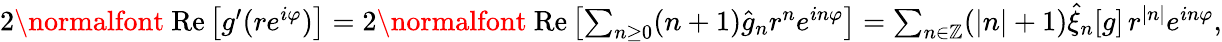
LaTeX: \begin{array}{r}{2\mathrm{\normalfont~Re}\left[g^{\prime}(re^{i\varphi})\right]=2\mathrm{\normalfont~Re}\left[\sum_{n\geq 0}(n+1)\hat{g}_{n}r^{n}e^{in\varphi}\right]=\sum_{n\in\mathbb{Z}}(|n|+1)\hat{\xi}_{n}[g]\, r^{|n|}e^{in\varphi},}\end{array}